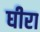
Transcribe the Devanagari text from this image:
घीरा